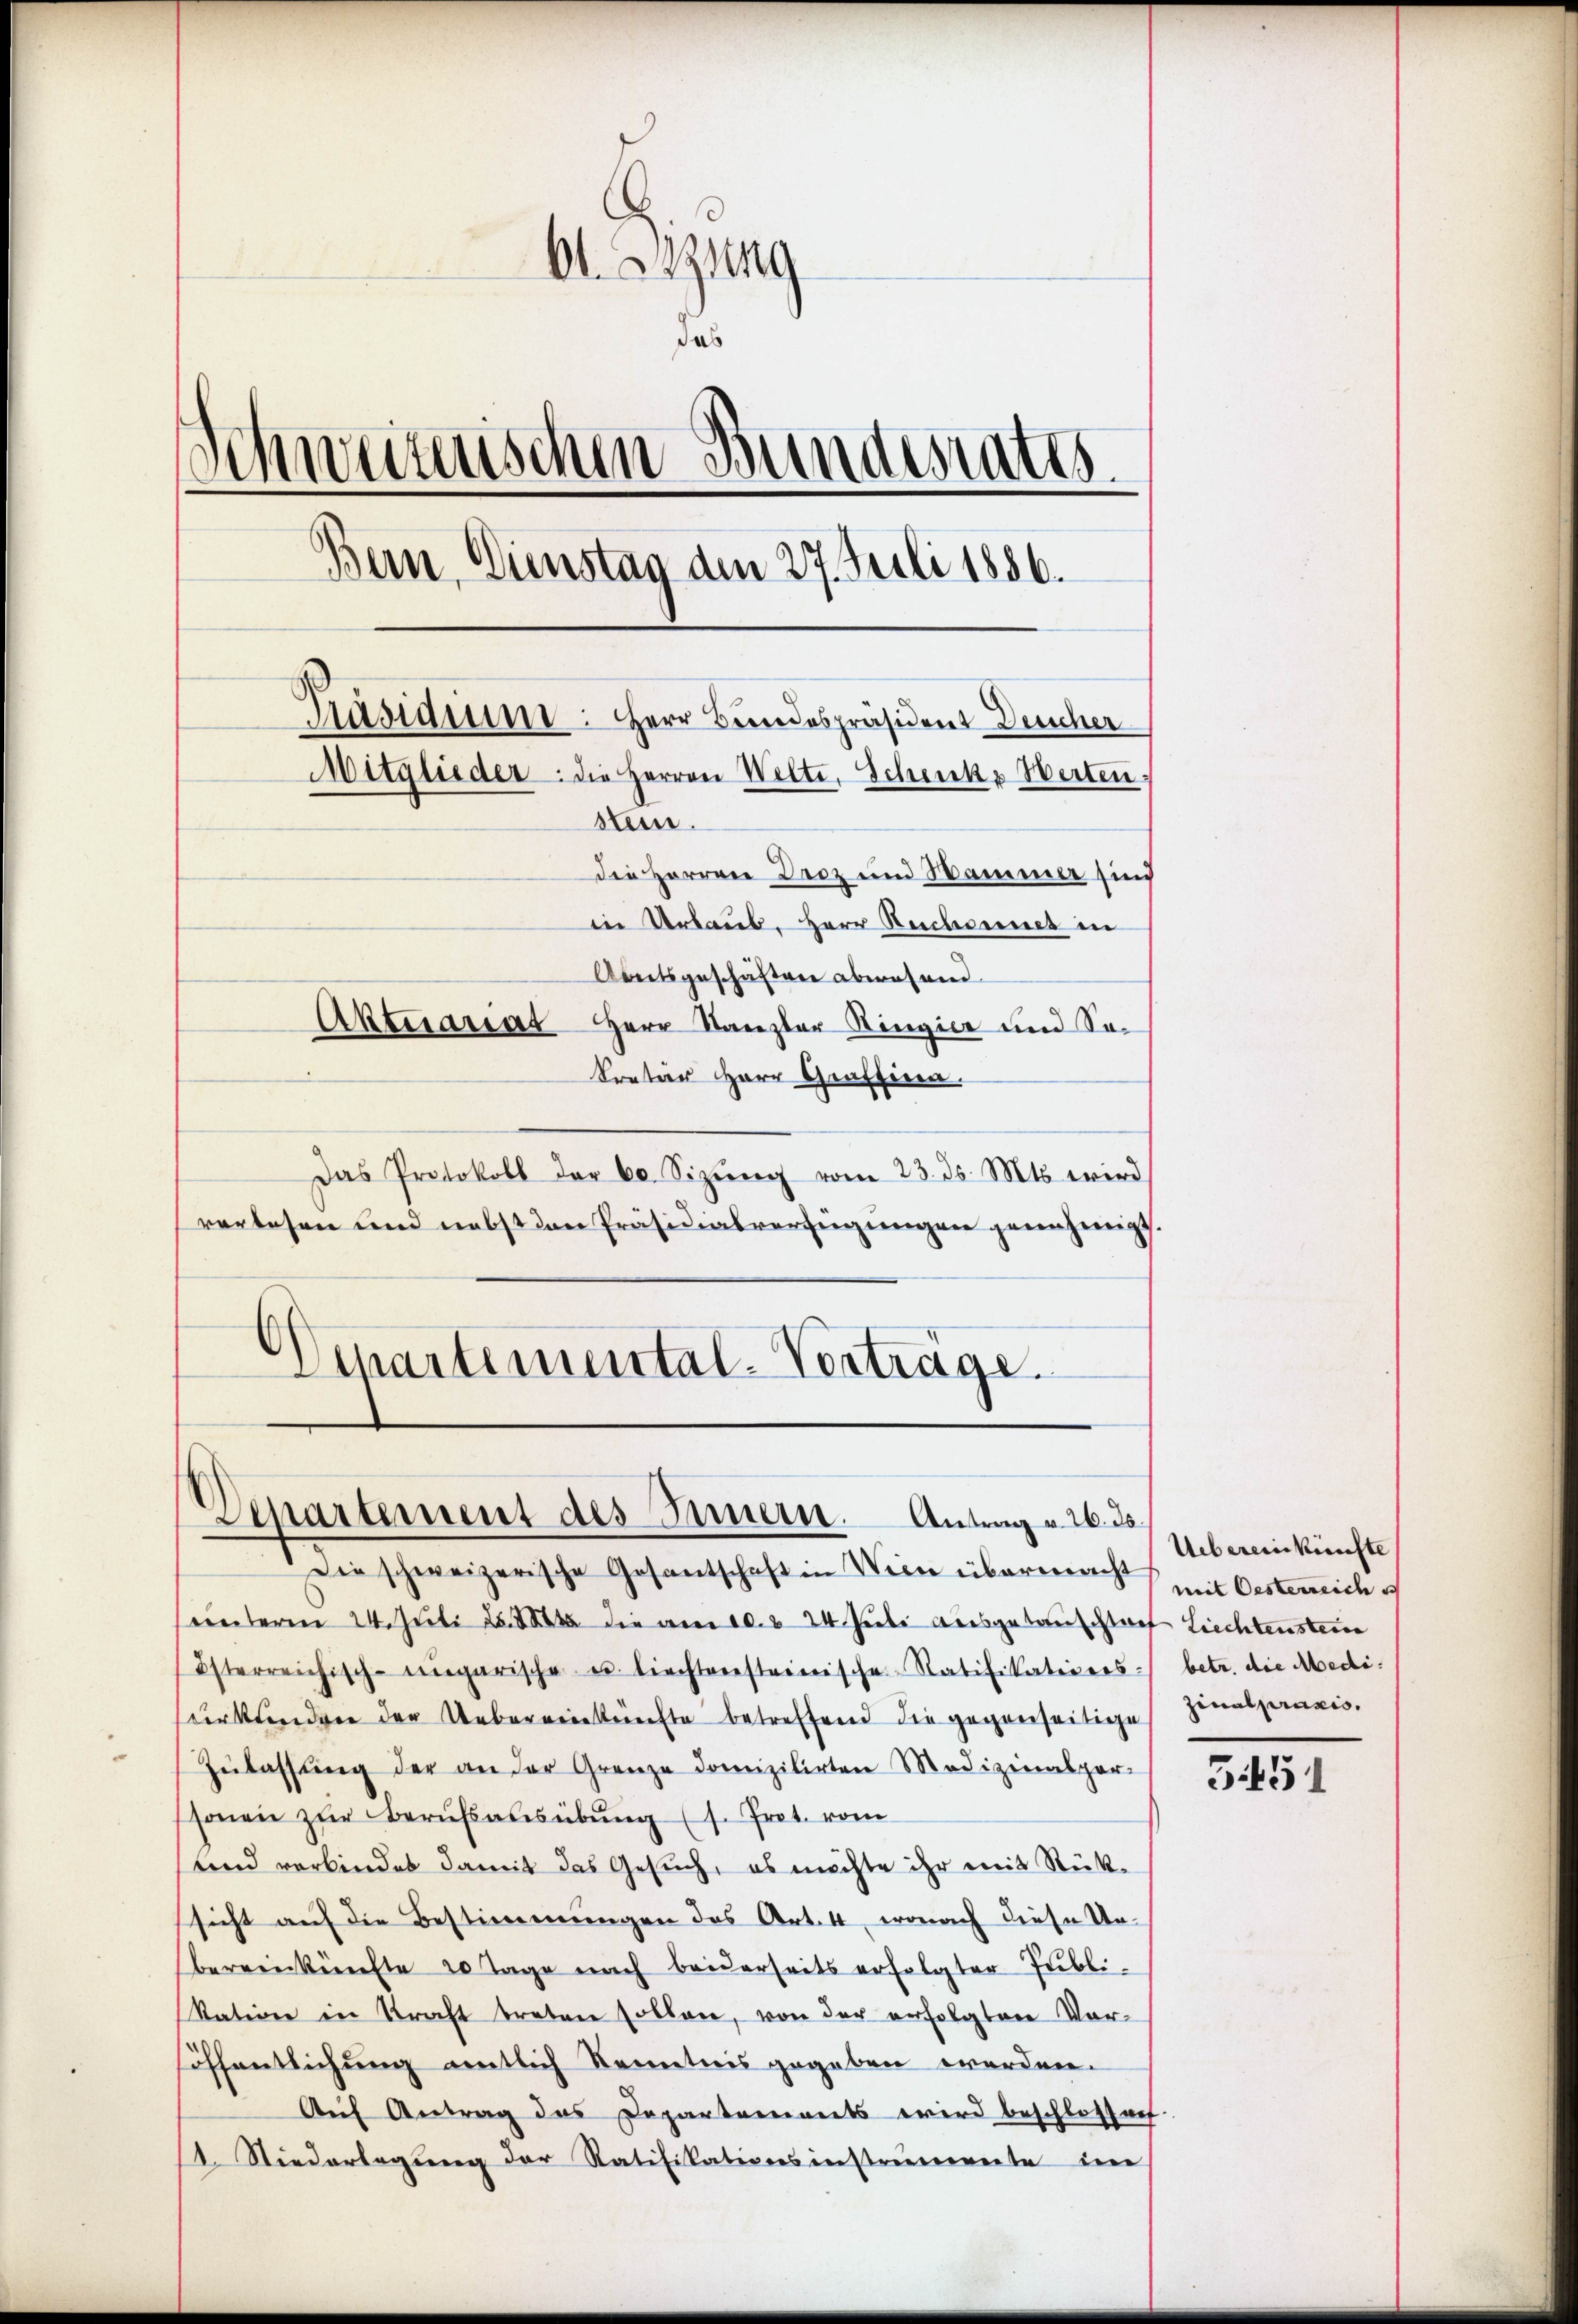
Ob. Sitzung
das
Schwurzischen Bundesrates.
Bern, Dienstag den 27. Juli 1886.
Präsidier: Herr Bundespräsident Deucher
Mitglieder. die Herren Welte, Schencke Werten.
sten.
die Herren Droz und Sammer sind
in Urlaub, Herr Rucheines in
Abeitsgeschäften abwesend
Aktuariat Herr Stanzler Ringier und Sokretär Herr Graffina.

Das Protokoll der 60. Sizŭng vom 23. ds. Mts. wird
verlesen und nebst den Präsidialverfügungen genehmigt.
¬
Separtemental-Vorträge.

Departement des Innern. Antrag v. 26. ds.

Die schweizerische Gesantschaft in Wien übermacht mit Oesterreich e
einderen 24. Juli 28. die am 10. 524 Juli ausgetauschtaet Liechtenstein
Österreichisch-ungarische u. liechtensteinische Ratifikations-
urkunden der Uebereinkünfte betreffend die gegenseitige
Zŭlassŭng der an der Grenze Domizilirten Medizinalpor-
sonen zŭr Berufsausübung (s. Prot. vom
und verbindet damit das Gesuch, es möchte ihr mit Rüksicht auf die Bestimmungen das Art. 4, wonach diese Unbereinkünfte 20 Tage nach beiderseits erfolgter Publi-
Nation in Kraft treten sollen, von der erfolgten Voröffentlichung entlich Kenntnis gegeben werden.
Auf Antrag des Departements wird beschlossen.
1. Niederlegung der Ratifikationsinstrumereite den

Uebereinkünfte
betr. die Medizinalpraxis,

51451